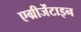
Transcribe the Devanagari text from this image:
एग्रीजेंटाइन